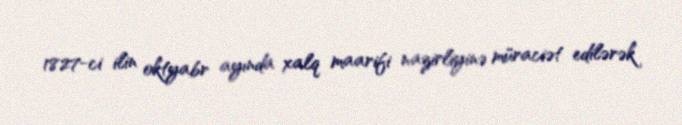
1827-ci ilin oktyabr ayında xalq maarifi nazirliyinə müraciət edilərək